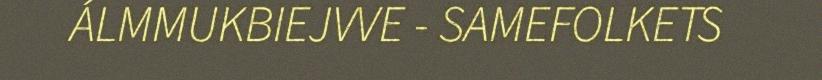
ÁLMMUKBIEJVVE - SAMEFOLKETS